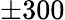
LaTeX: \pm 300